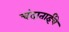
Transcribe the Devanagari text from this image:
चंदाताईंचे